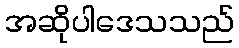
အဆိုပါဒေသသည်